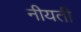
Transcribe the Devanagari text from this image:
नीयती